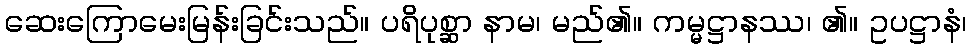
ဆေးကြောမေးမြန်းခြင်းသည်။ ပရိပုစ္ဆာ နာမ၊ မည်၏။ ကမ္မဋ္ဌာနဿ၊ ၏။ ဥပဋ္ဌာနံ၊